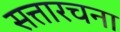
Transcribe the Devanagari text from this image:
सत्तारचना